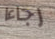
رجاءا